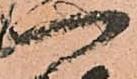
一